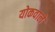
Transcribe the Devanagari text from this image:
योकवाले